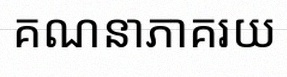
គណនាភាគរយ